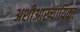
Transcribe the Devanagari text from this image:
अशीआख्यायिका